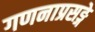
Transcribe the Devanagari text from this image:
गणनाप्रसङ्गे